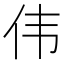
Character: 伟